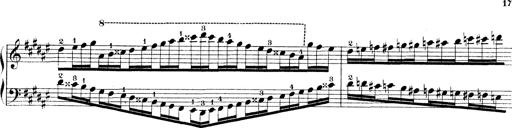
Title: Technische Studien
Composer: Franz Liszt